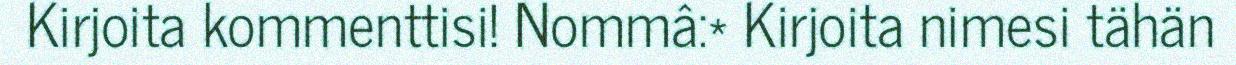
Kirjoita kommenttisi! Nommâ:* Kirjoita nimesi tähän